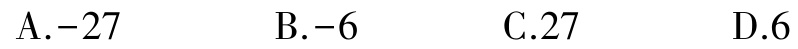
A.$-27$  B.$-6$  C.$27$  D.$6$